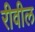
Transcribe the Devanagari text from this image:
रीवील